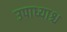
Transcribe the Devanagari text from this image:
उपाध्याश्च